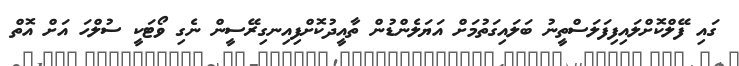
ގައި ފޭލްކޮށްލައިފިފަލަސްތީނު ބަލައިގަތުމަށް އަޔަލެންޑުން ތާއީދުކޮށްފިއިނގިރޭސީން ނެގި ވޯޓަކީ ސުލްހަ އަށް އޮތް